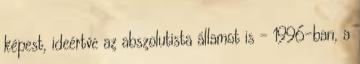
képest, ideértve az abszolutista államot is – 1996-ban, a